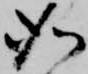
如